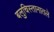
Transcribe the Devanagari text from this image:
बलुचिस्तानातले